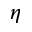
\eta